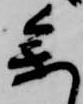
参